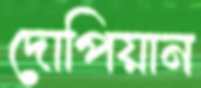
দোপিয়ান